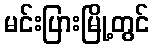
မင်းပြားမြို့တွင်